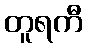
တူရကီ